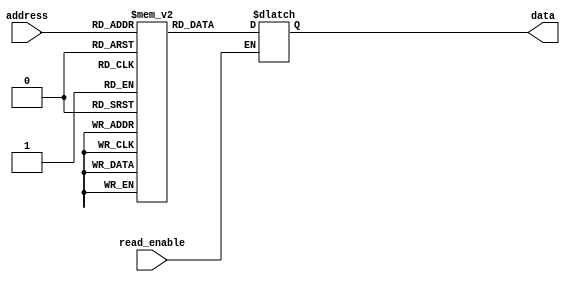
module OTP_ROM (
    input [7:0] address,
    output [7:0] data,
    input read_enable
);

parameter MEM_DEPTH = 256; // Number of memory cells in the OTP ROM
reg [7:0] memory [0:MEM_DEPTH-1]; // Memory array for storing data
reg [7:0] out_data; // Output data register

// Initialize memory with default values (example values provided)
initial begin
    memory[0] = 8'hFF; // Configuration information 1
    memory[1] = 8'hAA; // Configuration information 2
    // Initialize remaining memory locations as needed
end

always @*
begin
    if (read_enable)
    begin
        out_data = memory[address];
    end
end

assign data = out_data;

endmodule